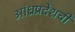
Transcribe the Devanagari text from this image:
आंध्रप्रदेशची